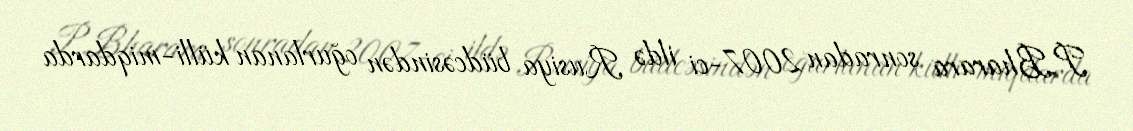
P.Bharara sonradan 2007-ci ildə Rusiya büdcəsindən oğurlanan külli-miqdarda